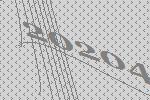
20204